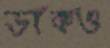
ডাকও